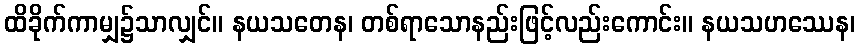
ထိခိုက်ကာမျှ၌သာလျှင်။ နယသတေန၊ တစ်ရာသောနည်းဖြင့်လည်းကောင်း။ နယသဟဿေန၊